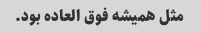
مثل همیشه فوق العاده بود.